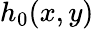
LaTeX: h_{0}(x,y)